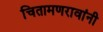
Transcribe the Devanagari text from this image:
चितामणरावांनी